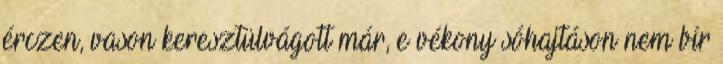
érczen, vason keresztülvágott már, e vékony sóhajtáson nem bír